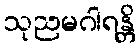
သုညမဂါရန္တိ